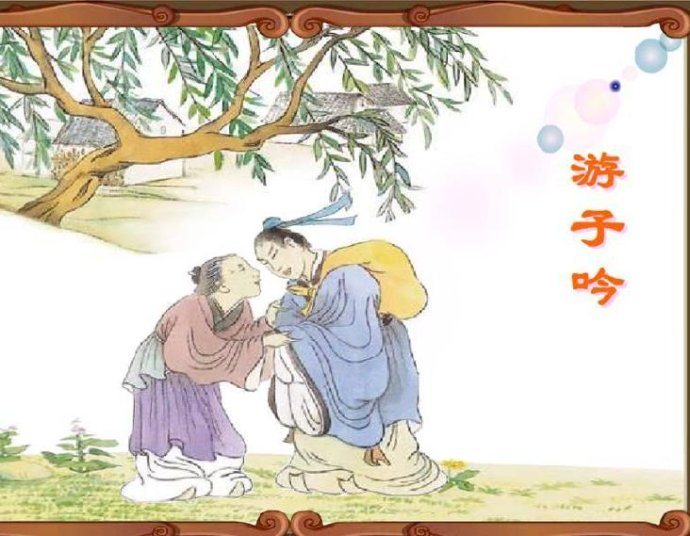
谁言寸草心，报得三春晖。